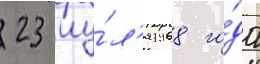
23 иу́л'я 1968 го́да